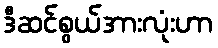
ဒီဆင်စွယ်အားလုံးဟာ